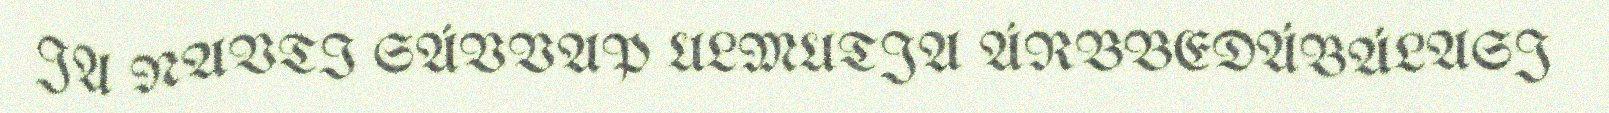
JA NAVTI SÁVVAP ULMUTJA ÁRBBEDÁBÁLASJ